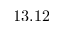
1 3 . 1 2